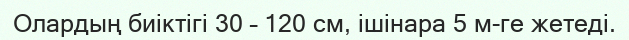
Олардың биіктігі 30 – 120 см, ішінара 5 м-ге жетеді.